Civil Veterinary Department. United Provinces 1912-22 - 1912-1922
Year: 1912
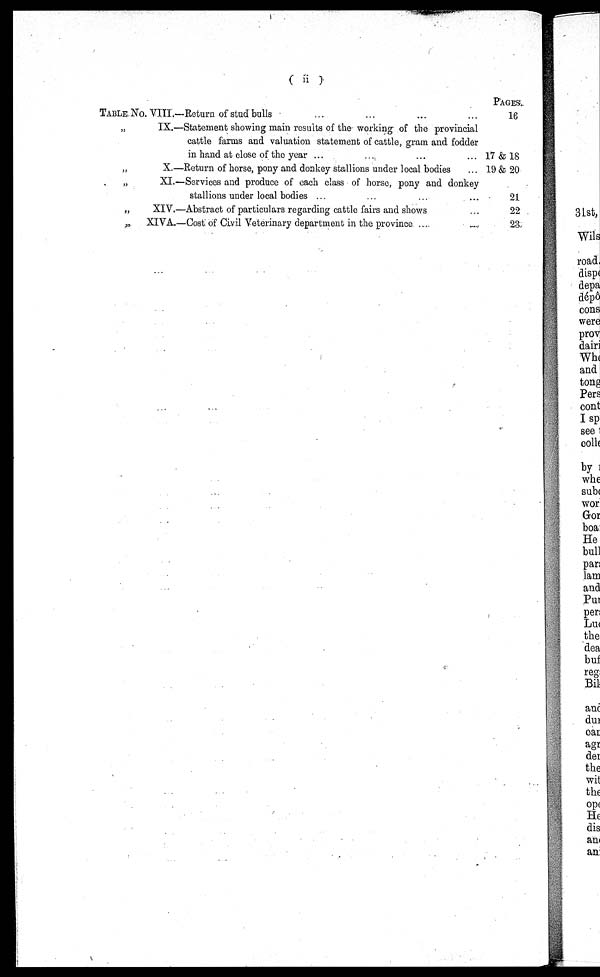
(ii)
TABLE
„
„
„
„
„
No. VIII.—Return of stud bulls ... ... ... ...
IX.—Statement showing main results of the working of the provincial
cattle farms and valuation statement of cattle, gram and fodder
in hand at close of the year ... ... ... ...
X.—Return of horse, pony and donkey stallions under local bodies ...
XI.—Services and produce of each class of horse, pony and donkey
stallions under local bodies ... ... ... ...
XIV.—Abstract of particulars regarding cattle fairs and shows ...
XIVA.—Cost of Civil Veterinary department in the province ... ...
PAGES.
16
17 & 18
19 & 20
21
22
23